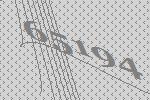
65194